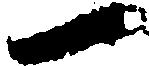
一